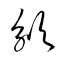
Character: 頒